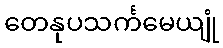
တေနုပသင်္ကမေယျုံ